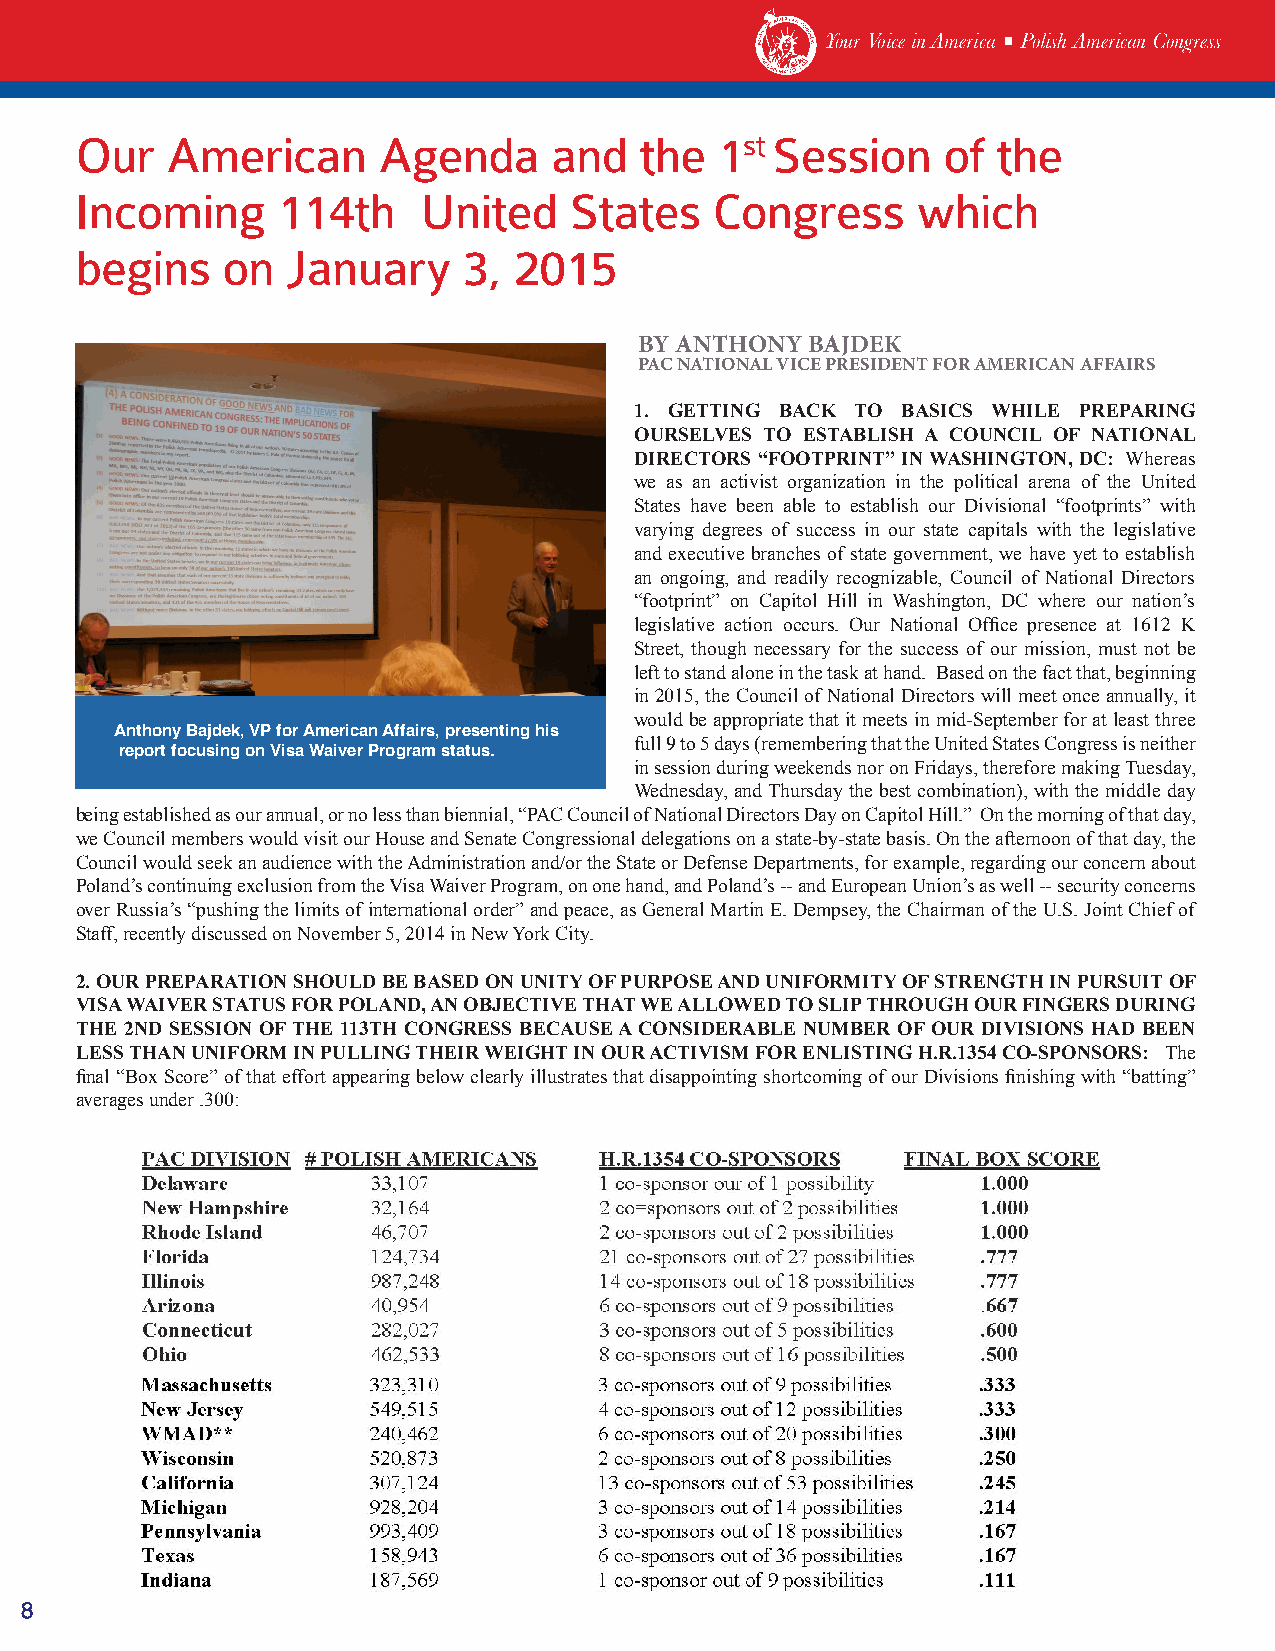
Your Voice in America ■ Polish American Congress
 Our   American      Agenda     and   the   1st Session   of  the
 Incoming     114th     United    States   Congress      which
 begins    on  January     3, 2015
 BY ANTHONY  BAJDEK
 PAC NATIONAL VICE PRESIDENT FOR AMERICAN AFFAIRS
 1. GETTING BACK TO BASICS WHILE PREPARING
 OURSELVES TO ESTABLISH A COUNCIL OF NATIONAL
 DIRECTORS “FOOTPRINT” IN WASHINGTON, DC: Whereas
 we as an activist organization in the political arena of the United
 States have been able to establish our Divisional “footprints” with
 varying degrees of success in our state capitals with the legislative
 and executive branches of state government, we have yet to establish
 an ongoing, and readily recognizable, Council of National Directors
 “footprint” on Capitol Hill in Washington, DC where our nation’s
 legislative action occurs. Our National Office presence at 1612 K
 Street, though necessary for the success of our mission, must not be
 left to stand alone in the task at hand. Based on the fact that, beginning
 in 2015, the Council of National Directors will meet once annually, it
 would be appropriate that it meets in mid-September for at least three
 Anthony Bajdek, VP for American Affairs, presenting his
 full 9 to 5 days (remembering that the United States Congress is neither
 report focusing on Visa Waiver Program status.
 in session during weekends nor on Fridays, therefore making Tuesday,
 Wednesday, and Thursday the best combination), with the middle day
 being established as our annual, or no less than biennial, “PAC Council of National Directors Day on Capitol Hill.” On the morning of that day,
 we Council members would visit our House and Senate Congressional delegations on a state-by-state basis. On the afternoon of that day, the
 Council would seek an audience with the Administration and/or the State or Defense Departments, for example, regarding our concern about
 Poland’s continuing exclusion from the Visa Waiver Program, on one hand, and Poland’s -- and European Union’s as well -- security concerns
 over Russia’s “pushing the limits of international order” and peace, as General Martin E. Dempsey, the Chairman of the U.S. Joint Chief of
 Staff, recently discussed on November 5, 2014 in New York City.
 2. OUR PREPARATION SHOULD BE BASED ON UNITY OF PURPOSE AND UNIFORMITY OF STRENGTH IN PURSUIT OF
 VISA WAIVER STATUS FOR POLAND, AN OBJECTIVE THAT WE ALLOWED TO SLIP THROUGH OUR FINGERS DURING
 THE 2ND SESSION OF THE 113TH CONGRESS BECAUSE A CONSIDERABLE NUMBER OF OUR DIVISIONS HAD BEEN
 LESS THAN UNIFORM IN PULLING THEIR WEIGHT IN OUR ACTIVISM FOR ENLISTING H.R.1354 CO-SPONSORS: The
 final “Box Score” of that effort appearing below clearly illustrates that disappointing shortcoming of our Divisions finishing with “batting”
 averages under .300:
 8